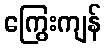
ကြွေးကျန်